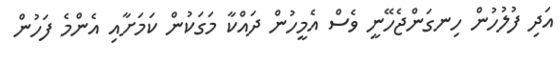
އަދި ފުލުހުން ހިނގަންޖެހޭނީ ވެސް އެމީހުން ދައްކާ މަގަކުން ކަމަށާއި އެންމެ ފަހުން